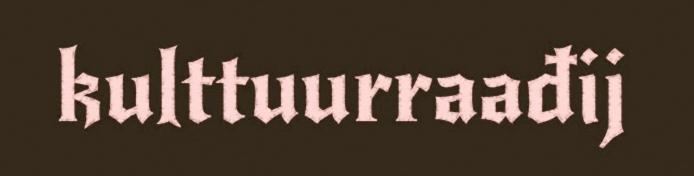
kulttuurraađij